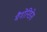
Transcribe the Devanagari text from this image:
मैगोनिडेस